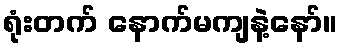
ရုံးတက် နောက်မကျနဲ့နော်။